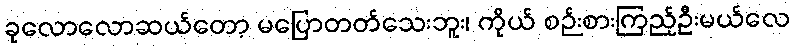
ခုလောလောဆယ်တော့ မပြောတတ်သေးဘူး၊ ကိုယ် စဉ်းစားကြည့်ဦးမယ်လေ